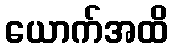
ယောက်အထိ